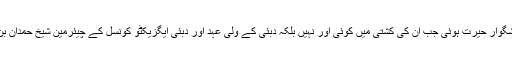
گزشتہ روزمبشر کو اس وقت خوشگوار حیرت ہوئی جب ان کی کشتی میں کوئی اور نہیں بلکہ دبئی کے ولی عہد اور دبئی ایگزیکٹو کونسل کے چیئرمین شیخ حمدان بن محمد بن راشد المکتوم آن بیٹھے۔